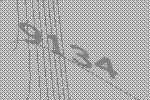
9134